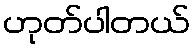
ဟုတ်ပါတယ်